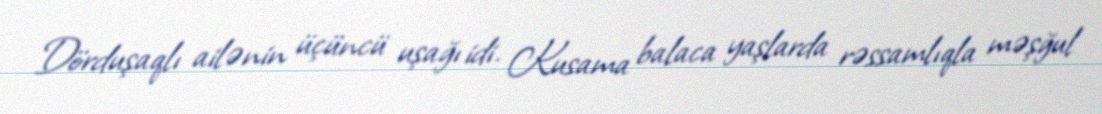
Dörduşaqlı ailənin üçüncü uşağı idi. Kusama balaca yaşlarda rəssamlıqla məşğul